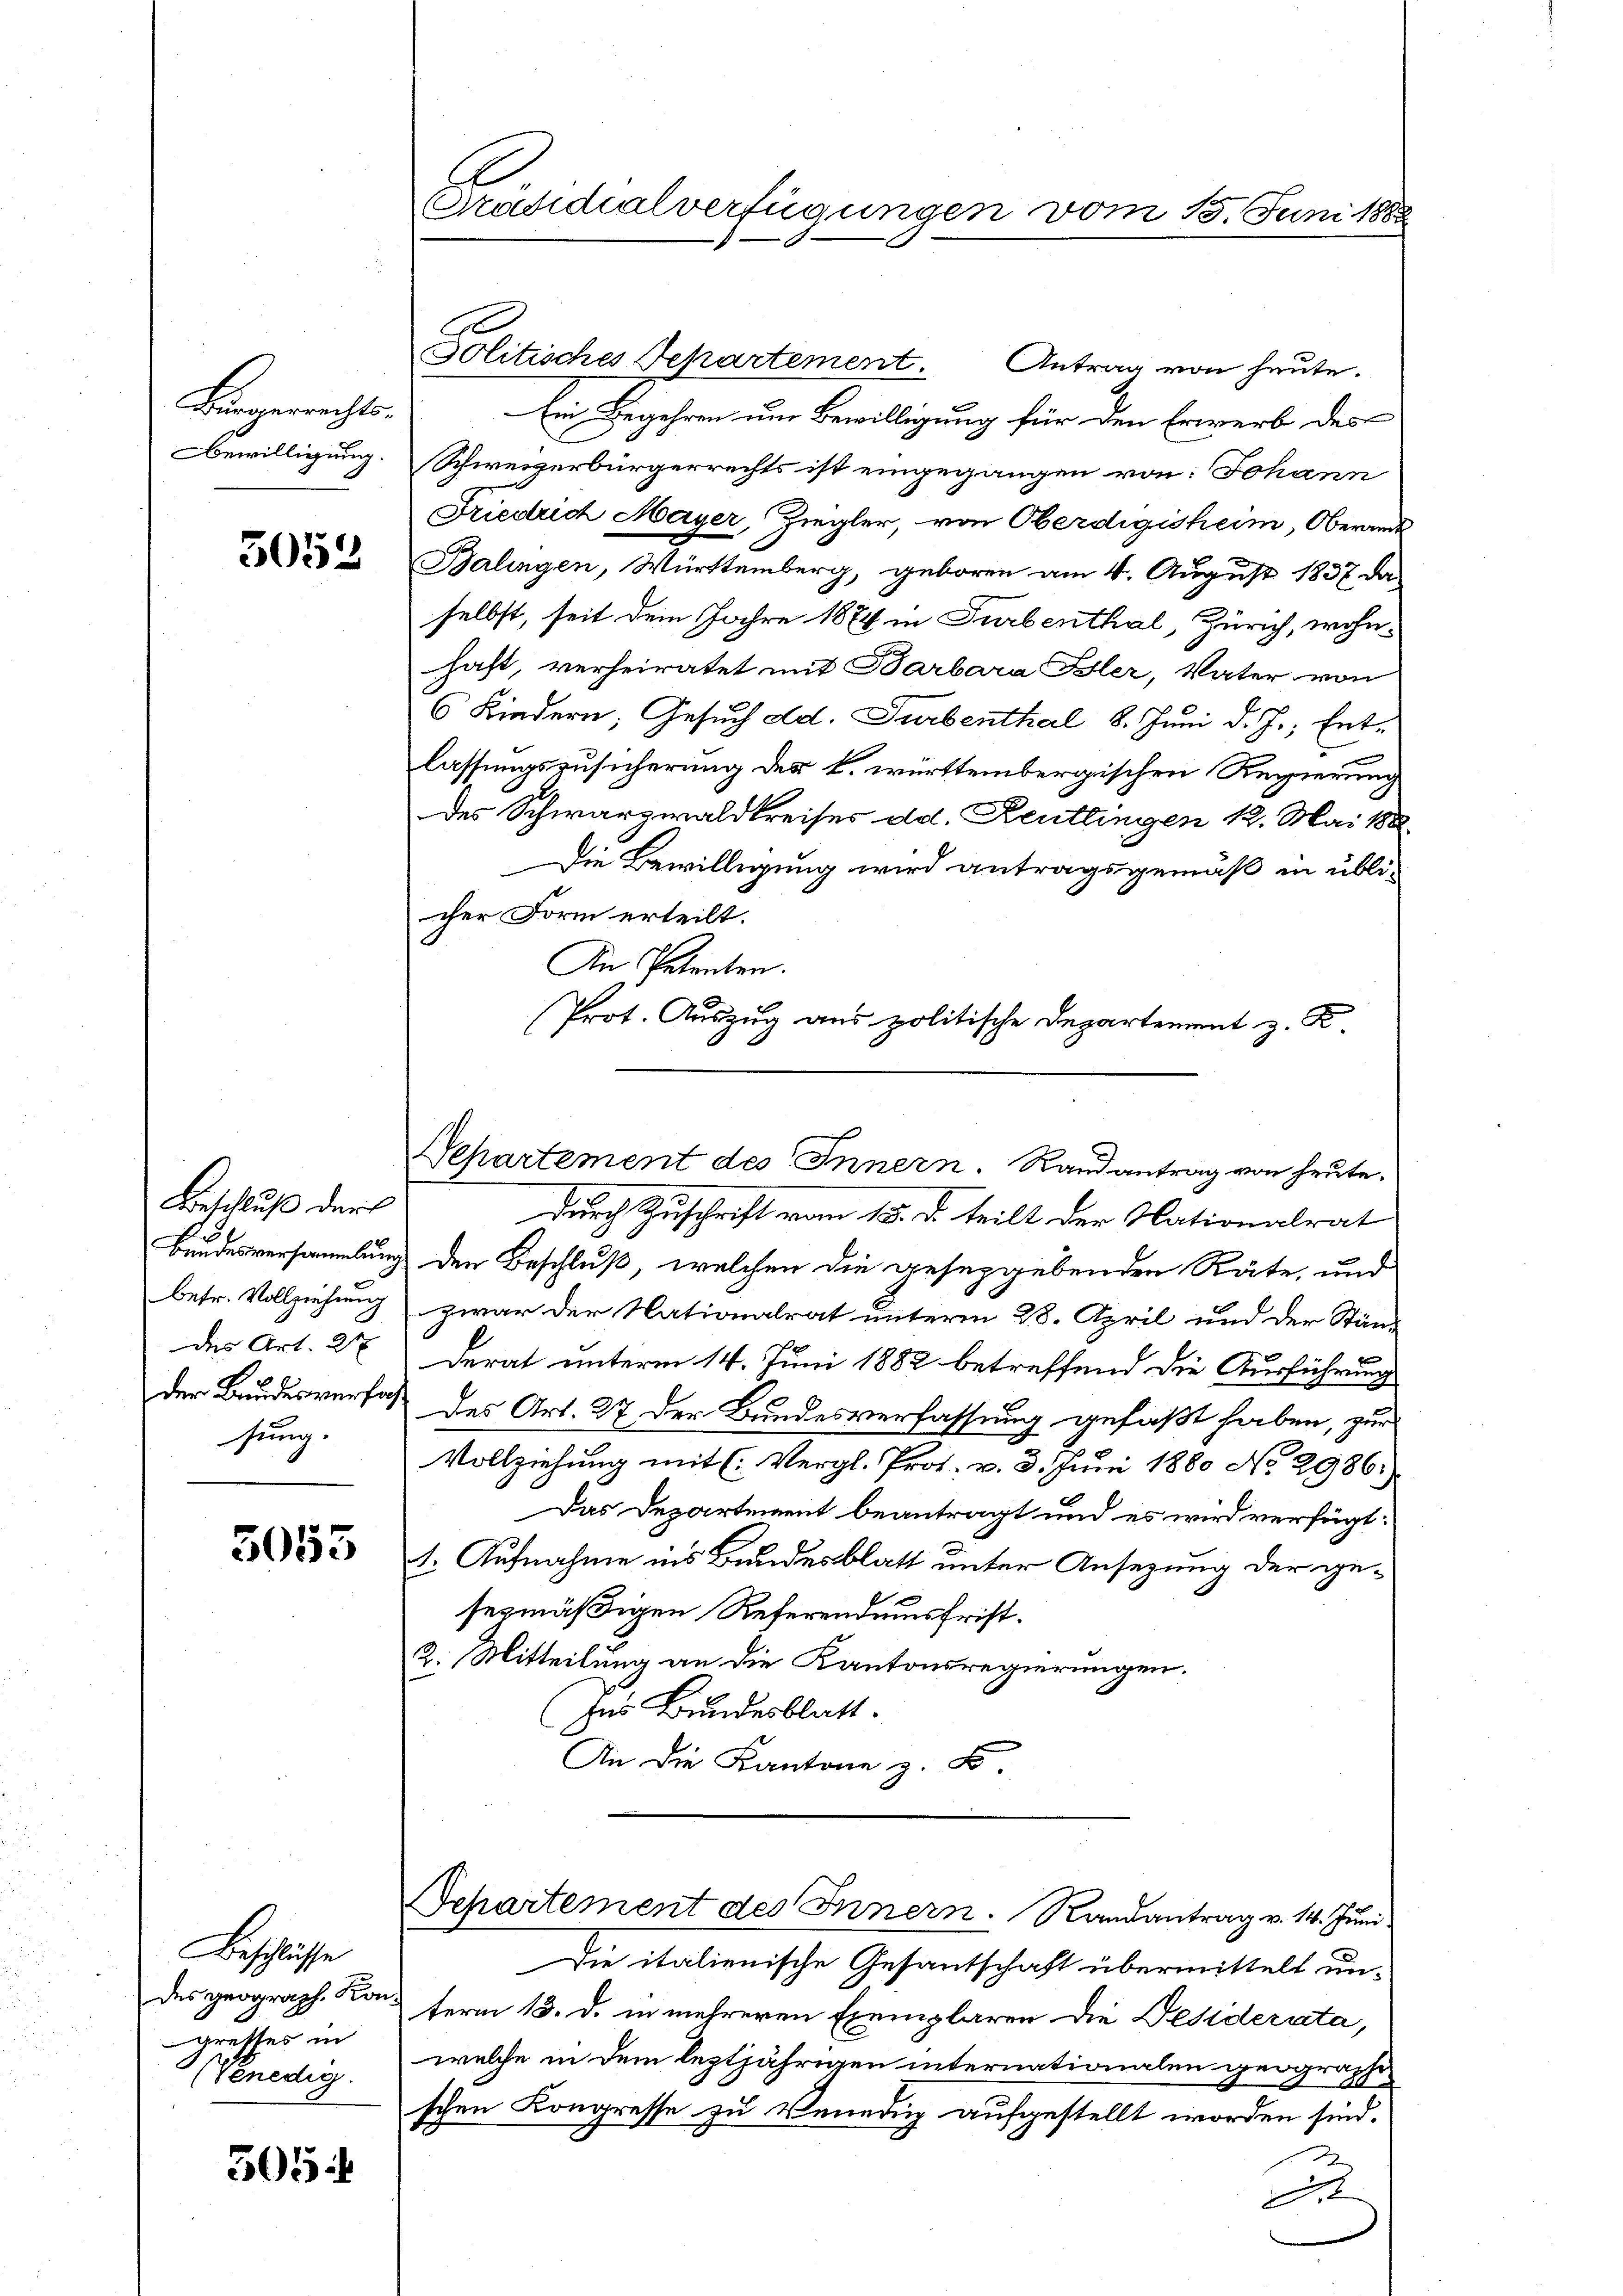
Bürgerrechts.
Bewilligung.

5053

Beschluß darf
Bundesversammlung
betr. Vollziehung
des Art. 21
der Bundesverfassung.

5053

Beschlüsse
des geograph. Kon
greffes in
(Venedig

305

Präsidialverfügungen vom 15. Juni 1888

s

Jolitisches Departement Antrag von heute.
Ein Begehren um Bewilligung für den Erwerb des
Schweizerbürgerrechts ist eingegangen von: Johann
Friedrich Mayer, Ziegler, von Oberdigisheim, Oberamt
Balingen, Württemberg, geboren am 4. August 1837 da
selbst, seit dem Jahre 1874 in Turbenthal, Zürich, wohnhaft, verheiratet mit Barbara Bler, Vater von
6 Kindern, Gesuch ad. Turbenthal 8. Juni d. J., Entlassungszusicherung des k. württembergischen Regierung
des Schwarzwaldkreises d. Reutlingen 12. Mai 188.
Die Bewilligung wird antragsgemäß in üblicher Form erteilt.
An Petenten.
Separtement des Innern. Randantrag von heute.
durch Zuschrift vom 15. d. teilt der Nationalrat
den Beschluß, welchen die geseggebenden Räte, und
zwar der Nationalrat unterm 28. April und der Ständerat unterm 14. Juni 1882 betreffend die Ausführung
des Art. 27 der Bundesverfassung gefaßt haben, zur
Vollziehung mit (Vergl. Prof. v. 3. Juni 1880 No 2986.)
Das Departement beantragt und es wird verfügt:
1. Aufnahme ins Bundesblatt unter Ansezung der gesezmäßigen Referendesfrist.
2. Mitteilung an die Kantonsregierungen.
Ins Bundesblatt.
An die Kantone z. B.

Prot. Auszug aus politische Departement z. K.

Departement des Innern. Randantrag v. 14. Juni

Die italienische Gesantschaft übermittelt unterm 18. d. in mehreren Exemplaren die Desiderata,
welche in dem leztjährigen internationalen geographe
schen Kongresse zu Venedig aufgestellt worden sind.
.
2